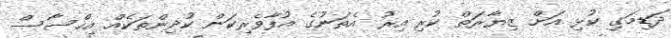
ދަޑިމަގި ކުޅި އަށް ޒިޔާރަތް ކުރި އިރު އެތަނުގެ އުފާވެރިކަން ކުދިންތަކެއް އިހްސާސް